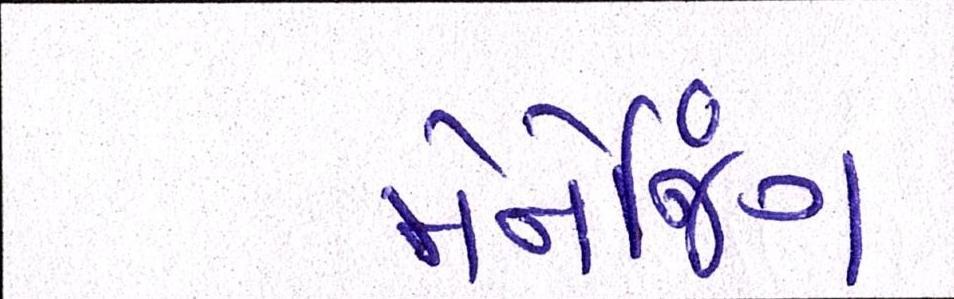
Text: મેનેજિંગ